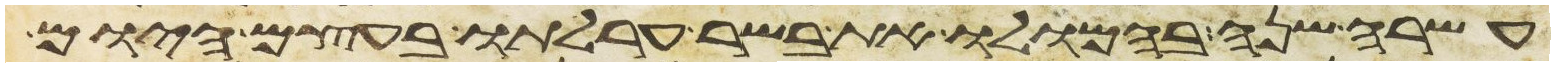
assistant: עשרה שנה בהמלו את בשר ערלתו בעצם היום